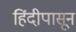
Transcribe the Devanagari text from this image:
हिंदीपासून